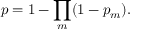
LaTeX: p = 1 - \prod _ { m } ( 1 - p _ { m } ) .